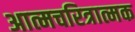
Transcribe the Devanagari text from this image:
अात्मचरित्रात्मक